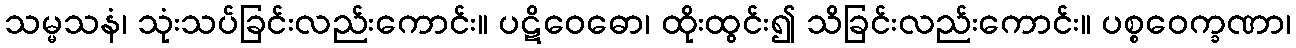
သမ္မသနံ၊ သုံးသပ်ခြင်းလည်းကောင်း။ ပဋိဝေဓော၊ ထိုးထွင်း၍ သိခြင်းလည်းကောင်း။ ပစ္စဝေက္ခဏာ၊